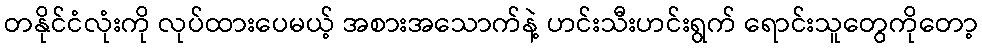
တနိုင်ငံလုံးကို လုပ်ထားပေမယ့် အစားအသောက်နဲ့ ဟင်းသီးဟင်းရွက် ရောင်းသူတွေကိုတော့